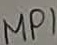
Text: MP1